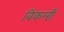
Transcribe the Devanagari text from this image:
विकली़